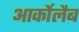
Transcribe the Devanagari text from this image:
आर्कोलैब